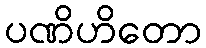
ပဏိဟိတော